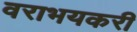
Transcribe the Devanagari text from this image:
वराभयकरी